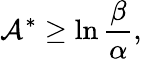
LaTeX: \mathcal{A}^{\ast}\geq\ln\frac{\beta}{\alpha},